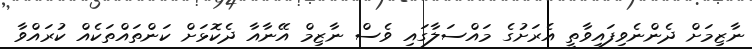
ނާޒިމަށް ދެންނެވިފައިވާތީ އެރަށުގެ މައްސަލާގައި ވެސް ނާޒިމް އޭނާއާ ދެކޮޅަށް ކަންތައްތަކެއް ކުރައްވާ